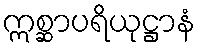
ဣစ္ဆာပရိယုဋ္ဌာနံ